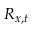
R _ { x , t }